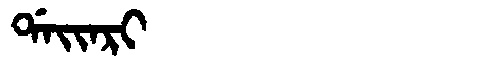
Manchu: ᡩᠠᡳᠠᡵᡳ
Romanization: DAIARI